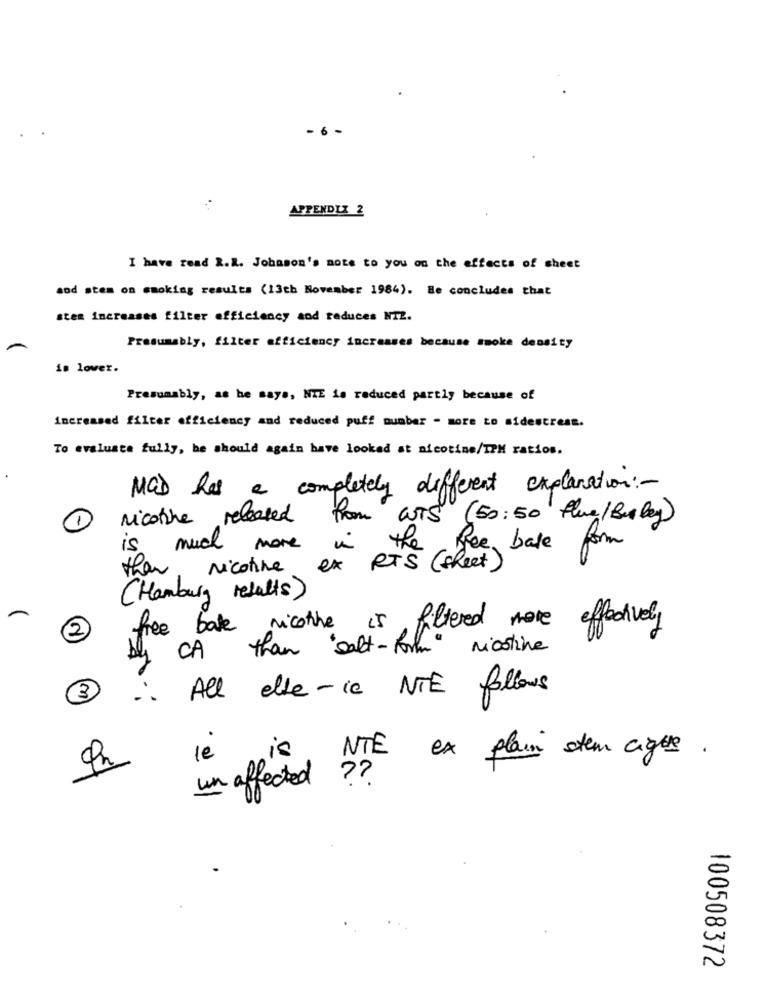
APPENDIX 2
I have read 2.R. Johnson's mots to you on the effects of sheet
and stem on smoking results (13th November 1984). He concludes that
stem increases filter efficiency and reduces NTZ.
Presumably, filter efficiency increases because smoke density
is lower.
Presumably, as he says, NIE is reduced partly because of
increased filter efficiency and reduced puff number - more to sidestress.
To evaluate fully, be should again have looked at nicotine/TPM ratios.
MCD has a completely different explanation :-
nicotine released
from WTs
(50:50 flue/ Burley)
1
the
is
much
more
Ree, bate form
than
Nicotine
ex
RTS ( sheet)
(Hamburg results)
filtered more effectively
2
free bate nicothe
than " salt-form"
nicotine
CA
All else-ic NTE follows
3
le
is NTE ex plain stem cigue .
un affected ?
100508372